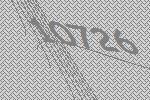
10726